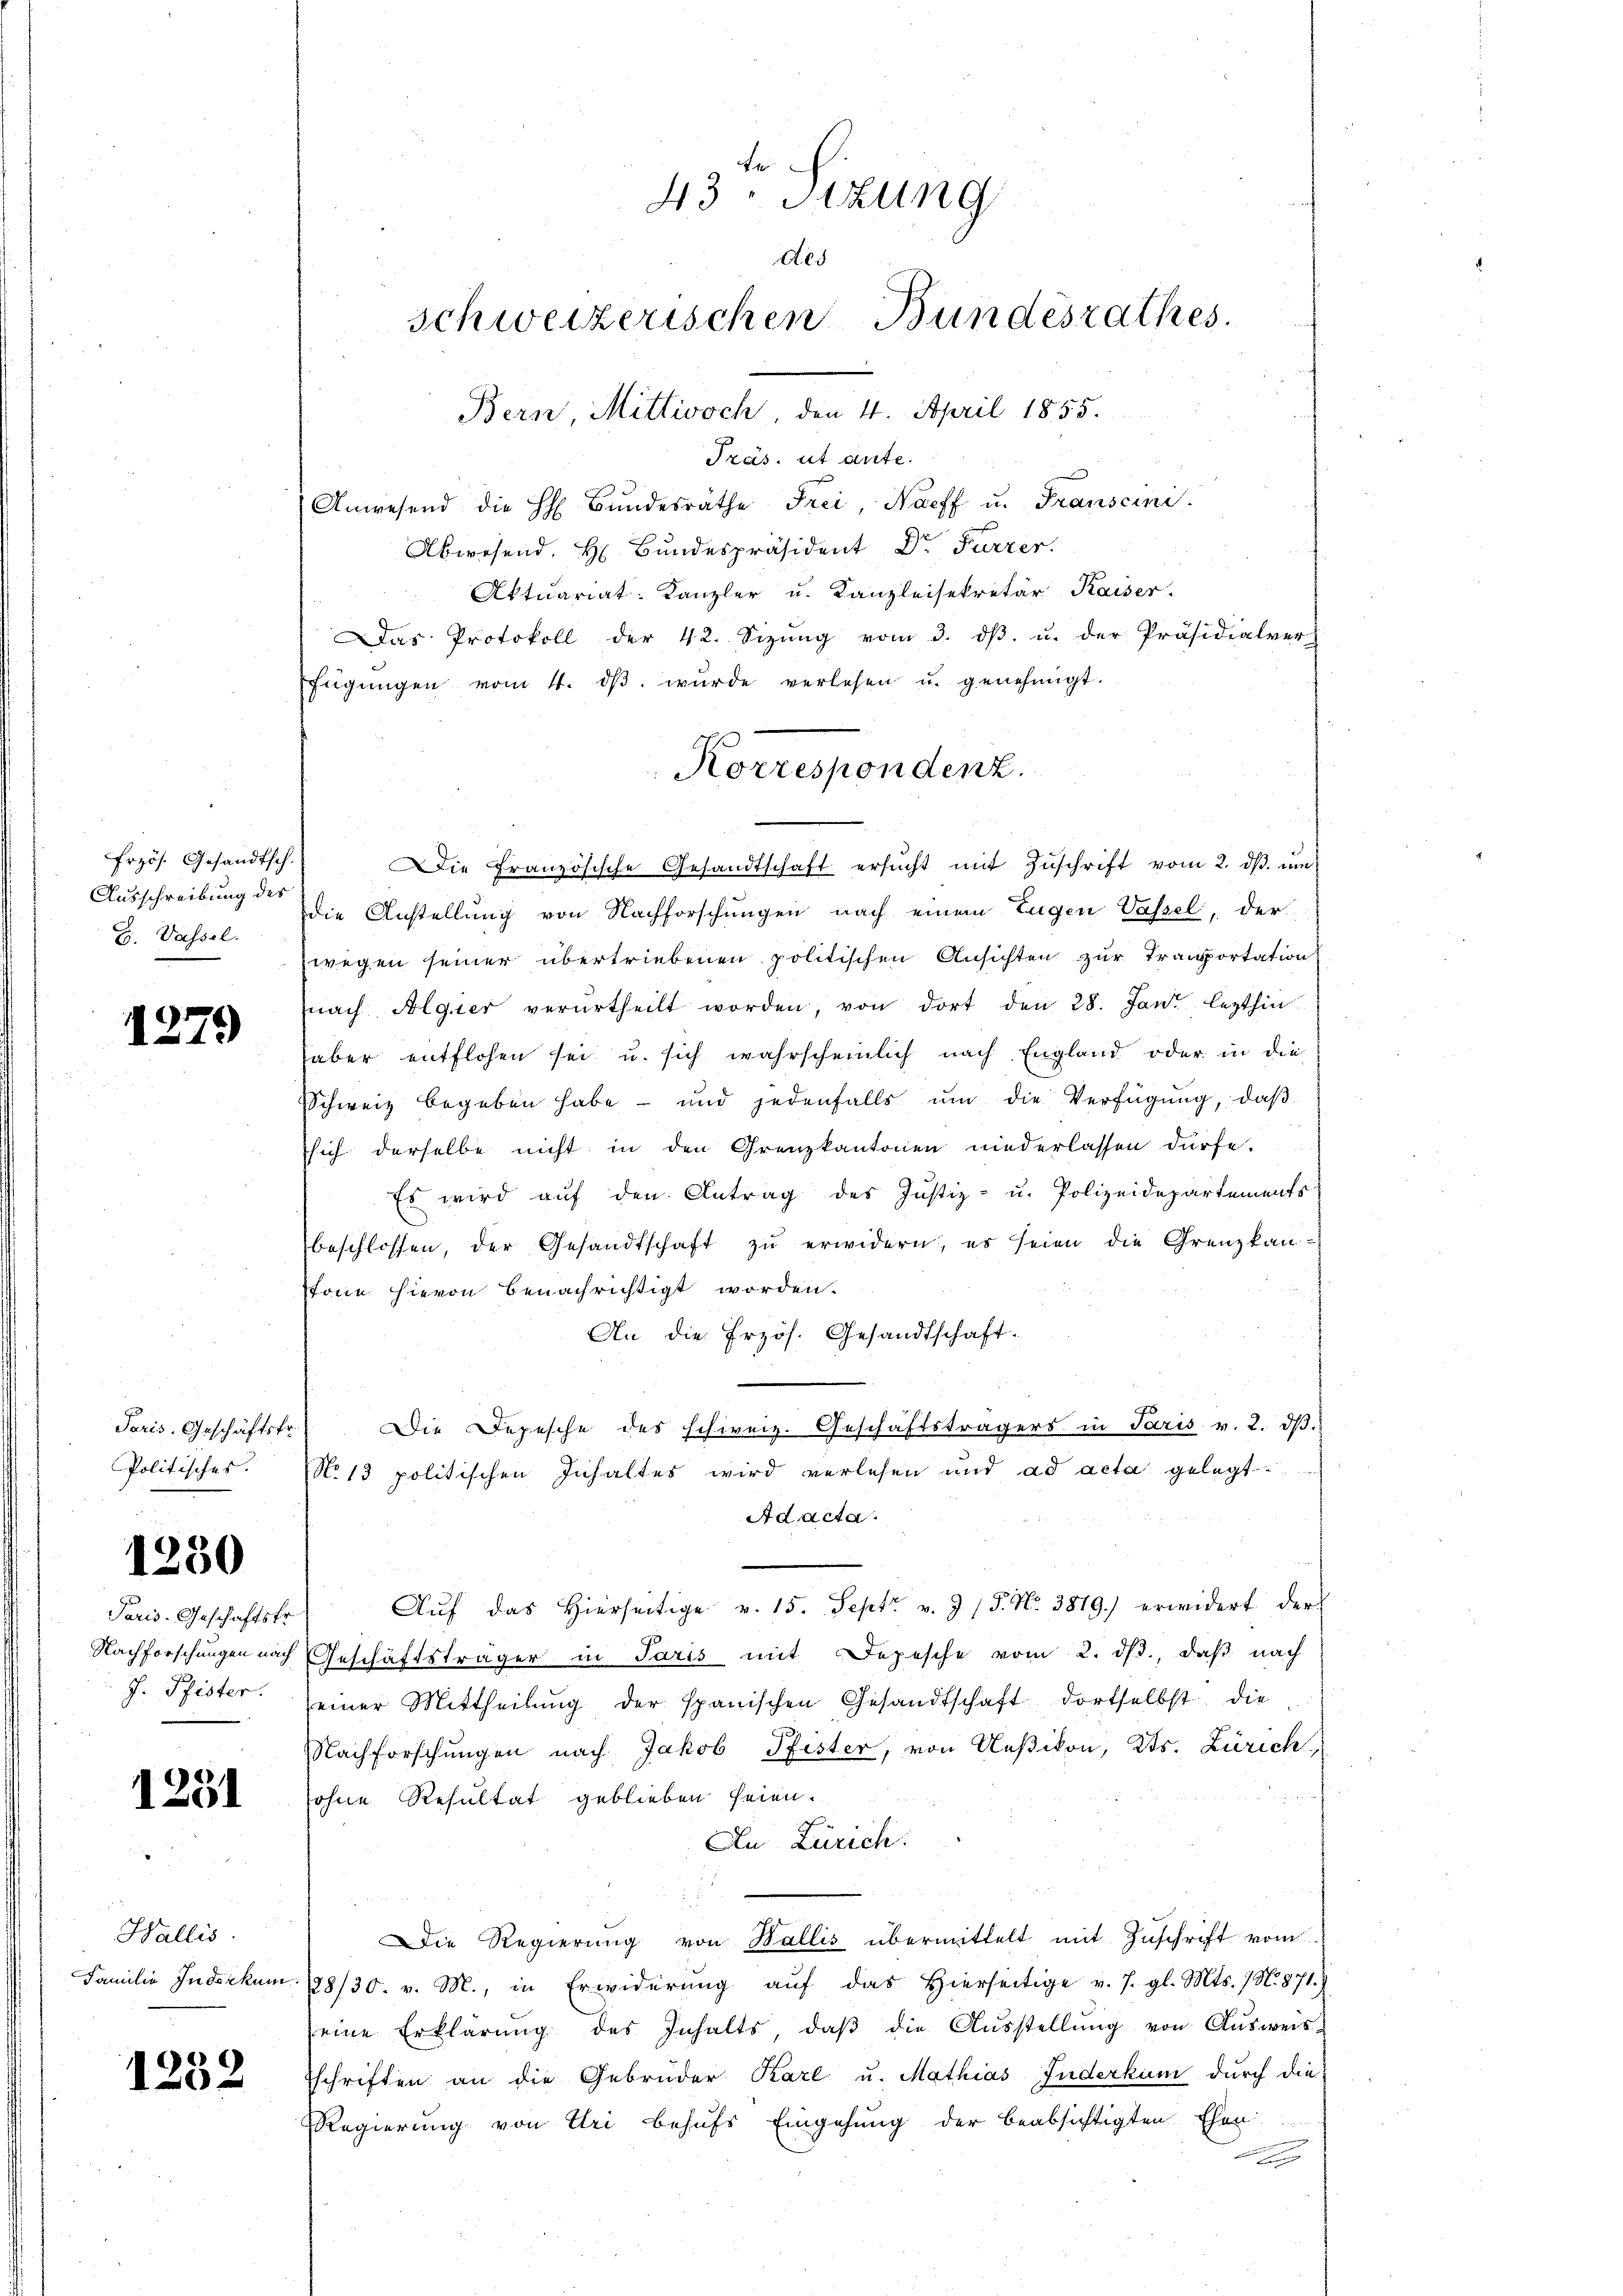
Ausschreibung des
G. Wassel.

1279

Paris. Geschäftsfr.
Politisches.

1230

Paris. Geschäftsfr.
J. Pfister.

1251

Wallis.

1252

Präs. ut aute.
Anwesend die H Bŭndesräthe Frei, Naeff u. Franscini.
Abwesend, H. Bundespräsident Dr Furrer.
Aktuariat. Kanzler u. Kanzleisekretär Kaiser.
Das Protokoll der 42. Sizŭng vom 3. dβ. u. der Präsidialverh
fŭgŭngen vom 4. dβ wŭrde verlesen u. genehmigt.
frzös. Gesandtsch. Die Französische Gesandtschaft ersŭcht mit Zŭschrift vom 2. dβ ŭm
die Anstellung von Nachforschungen nach eine Tugen Wassel, der
wegen seiner übertriebenen politischen Ansichten zur Transportation
nach Algier verurtheilt worden, von dort den 28. Jan. lezthin
aber entflosen sei u. sich wahrscheinlich nach England oder in die
Schweiz begeben habe und jedenfalls ŭm die Verfügŭng, daβ
sich derselbe nicht in den Grenzkantonen niederlassen dürfe.
Es wird auf den Antrag des Justiz- u. Polizeidepartements
beschlossen, der Gesandtschaft zŭ erwidern, es seien die Grenzkan-
stone hievon benachrichtigt worden.
An die Erzös. Gesandtschaft.
Die Depesche des schweiz. Geschäftsträgers in Paris v. 2. dβ.
No 13 politischen Inhaltes wird verlesen und ad acta gelegt
Adacta
Aŭf das hierseitige v. 15. Sept. v. J / 5. No. 3819.) erwidert der
Nachforschungen nach Geschäftsträger in Paris mit Depesche vom 2. ds., daß nach
einer Mittheilŭng der spanischen Gesandtschaft, dortselbst die
Nachforschungen nach Jakob Pfister, von Ueßikon, Kts. Zürich
sohne Resultat geblieben seien.
An Zürich.
s
Die Regierung von Wallis übermittelt mit Zuschrift vom
Familie Inderkum. 188/30. v. M., in Erwiderung aŭf das Hierseitige v. J. gl. Mts. (N. 871.)
eine Erklärŭng des Inhalts, daβ die Aŭsstellŭng von Aŭsweis
schriften an die Gebrüder Karl u. Mathias Inderkun durch die
Regierung von Uri behufs Eingehung der beabsichtigten Ehen
l

43. Sizung
des
schweizerischen Bundesrathes.
Bern, Mittwoch, den 4. April 1855.

Korrespondenz.